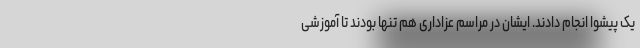
یک پیشوا انجام دادند. ایشان در مراسم عزاداری هم تنها بودند تا آموزشی